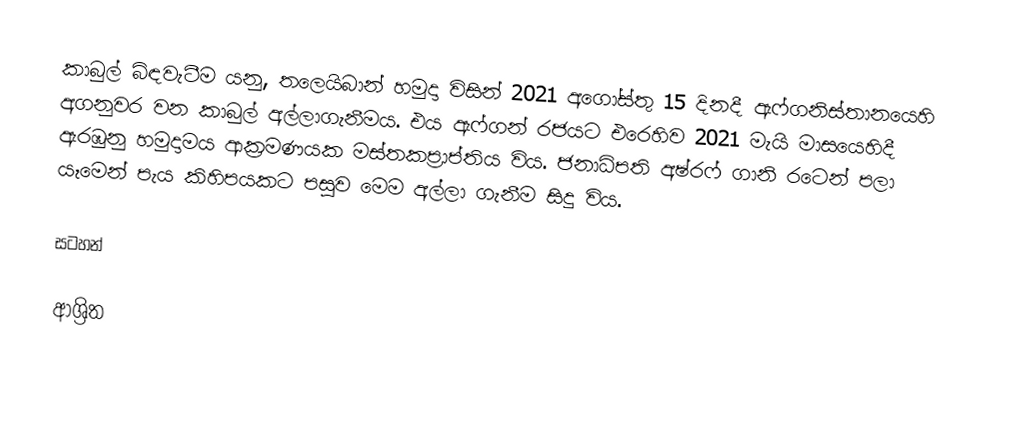
කාබුල් බිඳවැටීම යනු,  තලෙයිබාන් හමුදා විසින් 2021 අගෝස්තු 15 දිනදී ඇෆ්ගනිස්තානයෙහි අගනුවර වන කාබුල් අල්ලාගැනීමය. එය ඇෆ්ගන් රජයට එරෙහිව 2021  මැයි මාසයෙහිදී ඇරඹුනු හමුදාමය ආක්‍රමණයක මස්තකප්‍රාප්තිය විය. ජනාධිපති අෂ්රෆ් ගානි රටෙන් පලා යෑමෙන් පැය කිහිපයකට පසුව මෙම අල්ලා ගැනීම සිදු විය.

සටහන්

ආශ්‍රිත